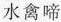
水禽啼